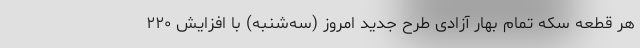
هر قطعه سکه تمام بهار آزادی طرح جدید امروز (سه‌شنبه) با افزایش ۲۲۰